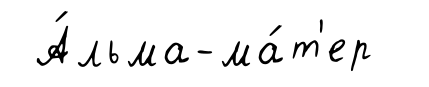
А́льма-ма́т'ер